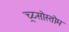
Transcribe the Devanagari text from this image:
च्र्य्सोस्तोम